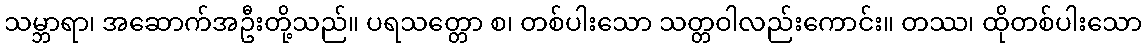
သမ္ဘာရာ၊ အဆောက်အဦးတို့သည်။ ပရသတ္တော စ၊ တစ်ပါးသော သတ္တဝါလည်းကောင်း။ တဿ၊ ထိုတစ်ပါးသော